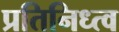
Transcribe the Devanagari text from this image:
प्रतिनिध्त्व